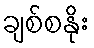
ချစ်စနိုး